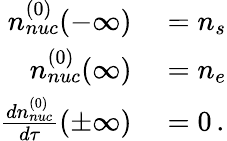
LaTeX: \begin{array}{rl}{n_{nuc}^{(0)}(-\infty)}&{{}=n_{s}}\\ {n_{nuc}^{(0)}(\infty)}&{{}=n_{e}}\\ {{\frac{dn_{nuc}^{(0)}}{d\tau}}(\pm\infty)}&{{}=0\, .}\end{array}